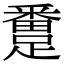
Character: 𨅴